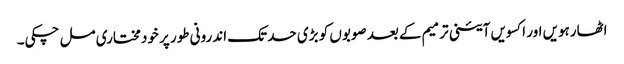
اٹھارہویں اور اکسویں آئینی ترمیم کے بعد صوبوں کو بڑی حد تک اندرونی طور پر خودمختاری مل چکی۔